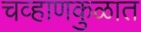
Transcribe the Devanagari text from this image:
चव्हाणकुळात